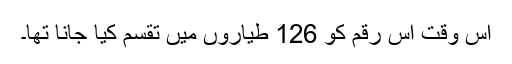
اس وقت اس رقم کو 126 طیاروں میں تقسم کیا جانا تھا۔